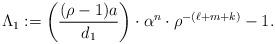
LaTeX: \begin{align*}\Lambda_1:= \left( \dfrac{(\rho-1)a}{d_1}\right)\cdot \alpha^n\cdot \rho^{-(\ell+m+k)}-1.\end{align*}